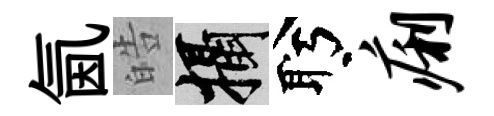
氤皓攝盻痢